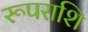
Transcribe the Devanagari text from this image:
रूपराशि